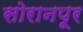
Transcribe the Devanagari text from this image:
सोरानपूर